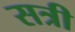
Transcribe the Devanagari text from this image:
सत्री